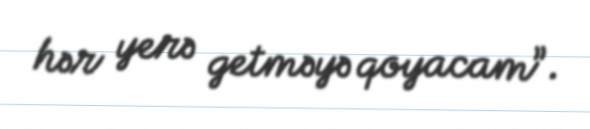
hər yerə getməyə qoyacam”.